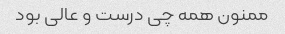
ممنون همه چی درست و عالی بود